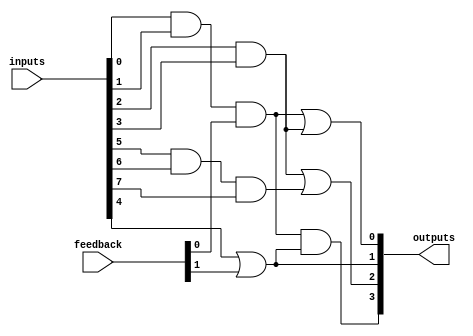
module HS_PAL (
    input wire [N-1:0] inputs,    // N input lines
    input wire [M-1:0] feedback,   // M feedback lines from outputs
    output wire [P-1:0] outputs    // P output lines
);

// Parameters for configuration
parameter N = 8; // Number of inputs
parameter M = 4; // Number of feedback lines
parameter P = 4; // Number of outputs
parameter AND_TERMS = 4; // Number of programmable AND gates

// Programmable AND gates
wire [AND_TERMS-1:0] and_outputs;

// Example configuration of AND gates
// Each AND gate can be programmed to connect to different inputs and feedback
assign and_outputs[0] = inputs[0] & inputs[1] & feedback[0]; // AND gate 1
assign and_outputs[1] = inputs[2] & inputs[3];               // AND gate 2
assign and_outputs[2] = inputs[4] | feedback[1];            // AND gate 3 (using OR for flexibility)
assign and_outputs[3] = inputs[5] & inputs[6] & inputs[7]; // AND gate 4

// Fixed OR gates to combine outputs from AND gates
assign outputs[0] = and_outputs[0] | and_outputs[1]; // OR gate 1
assign outputs[1] = and_outputs[2];                   // OR gate 2
assign outputs[2] = and_outputs[1] | and_outputs[3]; // OR gate 3
assign outputs[3] = and_outputs[0] & and_outputs[2]; // OR gate 4 (example of combining AND outputs)

// Test points for monitoring (optional)
wire [N+M-1:0] test_points;
assign test_points = {inputs, feedback}; // Combine inputs and feedback for testing

endmodule